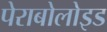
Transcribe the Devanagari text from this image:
पेराबोलोइड